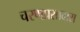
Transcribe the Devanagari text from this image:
चरणप्रसादास